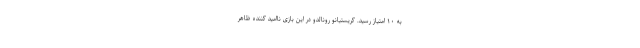
به ۱۰ امتیاز رسید. کریستیانو رونالدو در این بازی ناامید کننده ظاهر